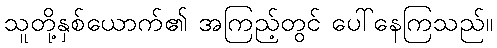
သူတို့နှစ်ယောက်၏ အကြည့်တွင် ပေါ်နေကြသည်။